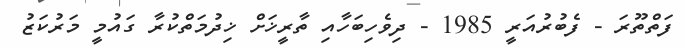
ފަތްތޫރަ - ފެބުރުއަރީ 1985 - ދިވެހިބަހާއި ތާރީޚަށް ޚިދުމަތްކުރާ ގައުމީ މަރުކަޒު